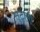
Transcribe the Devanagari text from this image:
सुटाया